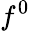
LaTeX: f^{0}